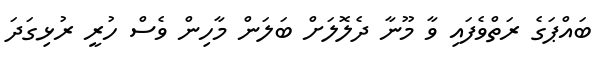
ބައްޕަގެ ރަތްވެފައި ވާ މޫނާ ދެލޮލަށް ބަލަން މާހިން ވެސް ހުރީ ރުޅިގަދަ